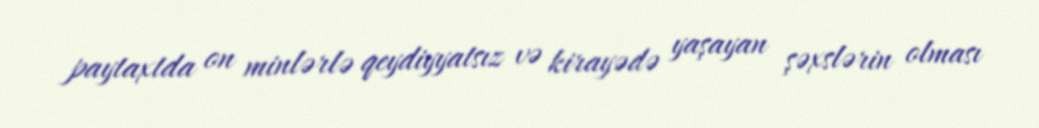
paytaxtda on minlərlə qeydiyyatsız və kirayədə yaşayan şəxslərin olması